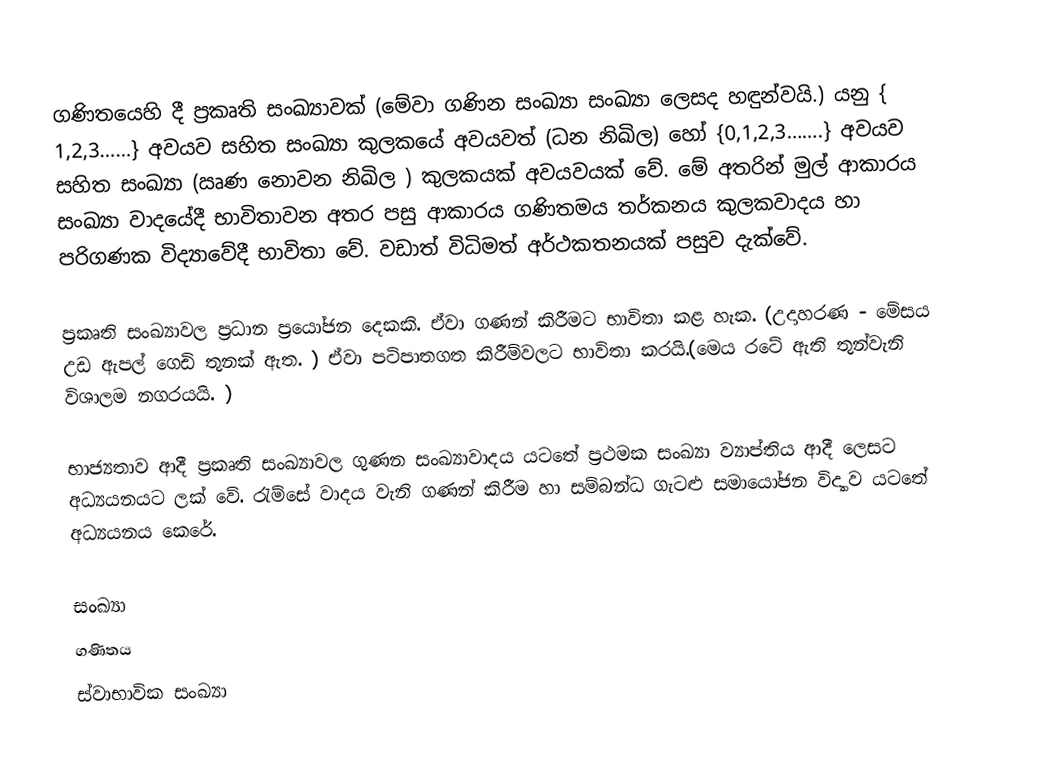
ගණිතයෙහි දී ප්‍රකෘති සංඛ්‍යාවක් (මේවා ගණින සංඛ්‍යා සංඛ්‍යා ලෙසද හඳුන්වයි.) යනු { 1,2,3……} අවයව සහිත සංඛ්‍යා කුලකයේ අවයවත් (ධන නිඛිල) හෝ {0,1,2,3…….} අවයව සහිත සංඛ්‍යා (ඍණ නොවන නිඛිල ) කුලකයක් අවයවයක් වේ‍. මේ අතරින් මුල් ආකාරය සංඛ්‍යා වාදයේදී භාවිතාවන අතර පසු ආකාරය ගණිතමය තර්කනය කුලකවාදය හා පරිගණක විද්‍යාවේදී භාවිතා වේ. වඩාත් විධිමත් අර්ථකතනයක් පසුව දැක්වේ.

ප්‍රකෘති සංඛ්‍යාවල ප්‍රධාන ප්‍රයෝජන දෙකකි. ඒවා ගණන් කිරීමට භාවිතා කළ හැක. (උදාහරණ - මේසය උඩ ඇපල් ගෙඩි තුනක් ඇත. ) ඒවා පටිපාතගත කිරීම්වලට භාවිතා කරයි.(මෙය රටේ ඇති තුන්වැනි විශාලම නගරයයි. )

භාජ්‍යතාව ආදී ප්‍රකෘති සංඛ්‍යාවල ගුණන සංඛ්‍යාවාදය යටතේ ප්‍රථමක සංඛ්‍යා ව්‍යාප්තිය ආදී ලෙසට අධ්‍යයනයට ලක් වේ. රැම්සේ වාදය වැනි ගණන් කිරීම හා සම්බන්ධ ගැටළු සමායෝජන විද්‍යාව යටතේ අධ්‍යයනය කෙ‍රේ.

සංඛ්‍යා
ගණිතය
ස්වාභාවික සංඛ්‍යා